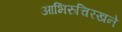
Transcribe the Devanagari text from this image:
आभिरुचिरखने